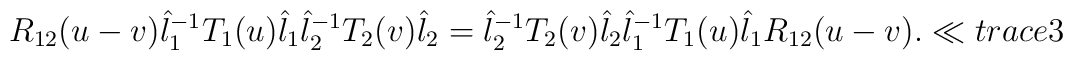
R_{12}(u-v)\hat l_{1}^{-1} T_{1}(u)\hat l_1\hat l_{2}^{-1} T_{2}(v)\hat l_2=\hat l_{2}^{-1} T_{2}(v)\hat l_2\hat l_{1}^{-1} T_{1}(u)\hat l_1R_{12}(u-v).\ll{trace3}